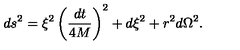
d s ^ { 2 } = \xi ^ { 2 } \left( { \frac { d t } { 4 M } } \right) ^ { 2 } + d \xi ^ { 2 } + r ^ { 2 } d \Omega ^ { 2 } .